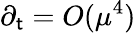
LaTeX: \partial_{\mathsf{t}}=O(\mu^{4})